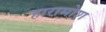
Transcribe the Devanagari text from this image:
हारामोश